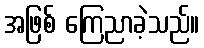
အဖြစ် ကြေညာခဲ့သည်။